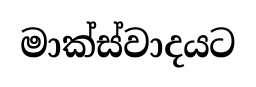
මාක්ස්වාදයට